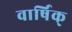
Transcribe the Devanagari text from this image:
वार्षिक्